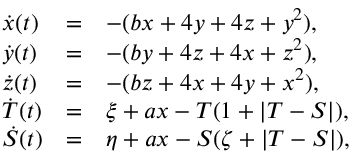
\begin{array} { l c l } { \dot { x } ( t ) } & { = } & { - ( b x + 4 y + 4 z + y ^ { 2 } ) , } \\ { \dot { y } ( t ) } & { = } & { - ( b y + 4 z + 4 x + z ^ { 2 } ) , } \\ { \dot { z } ( t ) } & { = } & { - ( b z + 4 x + 4 y + x ^ { 2 } ) , } \\ { \dot { T } ( t ) } & { = } & { \xi + a x - T ( 1 + | T - S | ) , } \\ { \dot { S } ( t ) } & { = } & { \eta + a x - S ( \zeta + | T - S | ) , } \end{array}